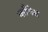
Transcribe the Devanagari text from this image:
काँगेस